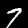
Label: 7